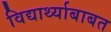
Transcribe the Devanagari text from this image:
विद्यार्थ्याबाबत